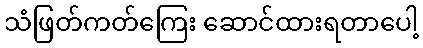
သံဖြတ်ကတ်ကြေး ဆောင်ထားရတာပေါ့